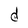
Character: d